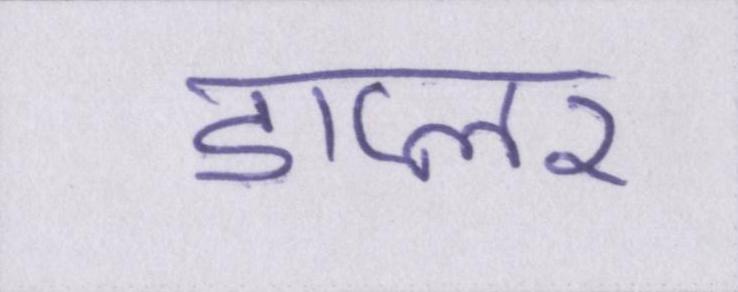
डाप्लर